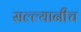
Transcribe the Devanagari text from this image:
सल्ल्यानीच